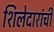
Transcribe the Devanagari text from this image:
शिलेदारांची